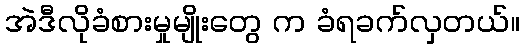
အဲဒီလိုခံစားမှုမျိုးတွေ က ခံရခက်လှတယ်။